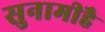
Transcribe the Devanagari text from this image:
सुनामीहै